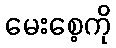
မေးစေ့ကို